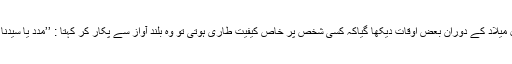
محافل میلاد کے دوران بعض اوقات دیکھا گیاکہ کسی شخص پر خاص کیفیت طاری ہوتی تو وہ بلند آواز سے پکار کر کہتا : ’’مدد یا سیدنا النبی۔